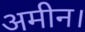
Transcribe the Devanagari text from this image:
अमीन।